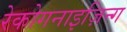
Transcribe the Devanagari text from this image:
रेकोगनाइज़िन्ग